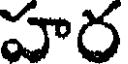
హర